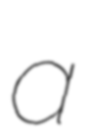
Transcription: a